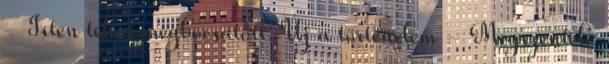
- Isten tehát megbocsátott: Új a történelem - Megszentelő